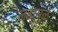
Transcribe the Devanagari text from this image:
लढामुळे